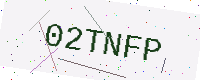
Text: 02TNFP